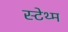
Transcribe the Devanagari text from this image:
स्टेथ्म